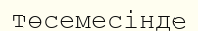
төсемесінде